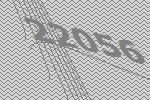
22056